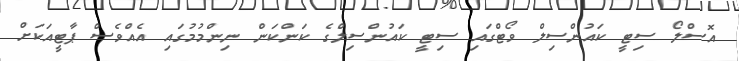
އޮސްލޯ ސިޓީ ކައުންސިލް ވޯޓްގައި ސިޓީ ކައުންސިލްގެ ކަންކަން ނިންމުމުގައި އެއްވެސް ޕާޓީއަކަށް